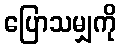
ပြောသမျှကို